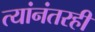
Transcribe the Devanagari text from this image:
त्यांनंतरही